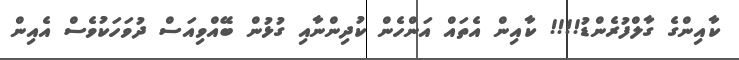
ކާއިންގެ ގާލްފުރެންޑު!!!! ކާއިން އެތައް އަންހެން ކުދިންނާއި ގުޅުން ބޭއްވިއަސް ދުވަހަކުވެސް އެއިން